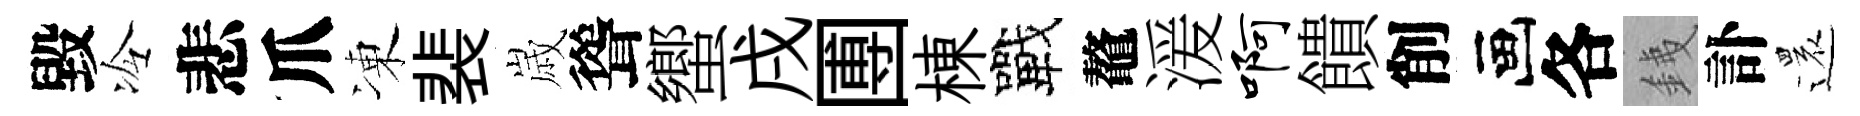
毀冷悲爪凍裴𡻕聳蠁戌圑棟戰鼇湲啊饋削画各銕訃還